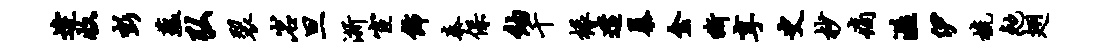
逄收彭蕴弘裂岩旦浙宦饰秦保纳千椽遣暴金嘶享史杪痛溢伊梳勉翅